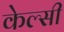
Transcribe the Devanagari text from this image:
केल्सी